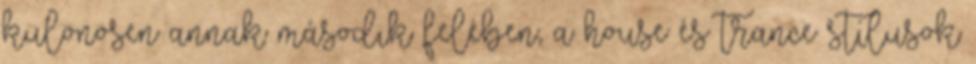
különösen annak második felében, a house és trance stílusok